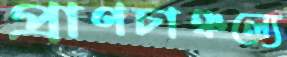
প্রাণচাঞ্চল্যে